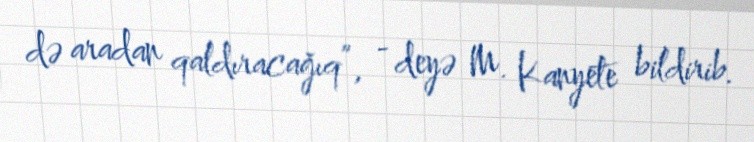
də aradan qaldıracağıq”, - deyə M. Kanyete bildirib.